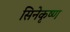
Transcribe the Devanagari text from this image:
सिनेकृष्ण